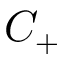
C _ { + }